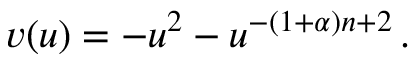
v ( u ) = - u ^ { 2 } - u ^ { - ( 1 + \alpha ) n + 2 } \, .